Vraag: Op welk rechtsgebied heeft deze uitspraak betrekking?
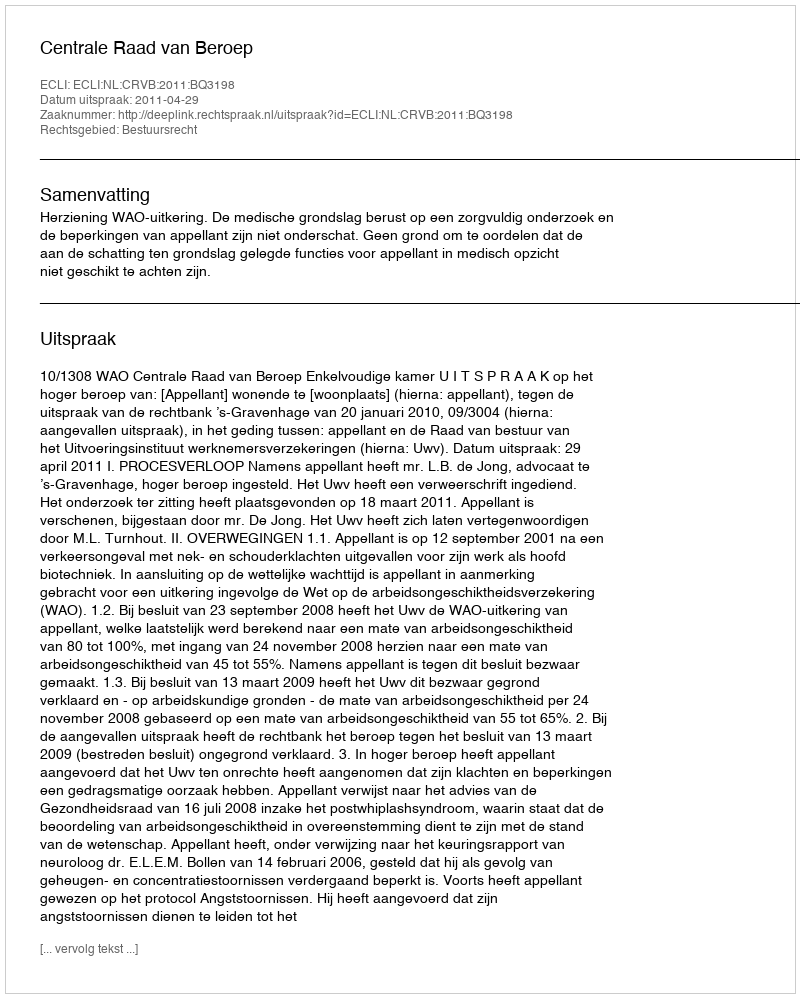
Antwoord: Bestuursrecht